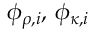
\phi _ { \rho , i } , \, \phi _ { \kappa , i }